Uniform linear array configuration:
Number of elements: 4
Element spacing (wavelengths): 1
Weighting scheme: kaiser
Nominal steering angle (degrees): -30
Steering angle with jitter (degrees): -30.032
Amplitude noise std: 0.05
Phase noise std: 0.05

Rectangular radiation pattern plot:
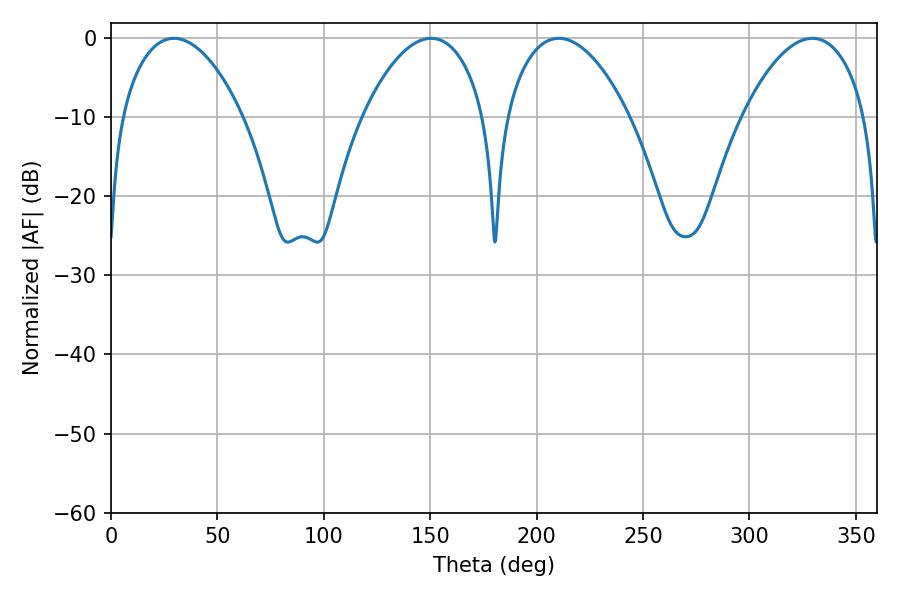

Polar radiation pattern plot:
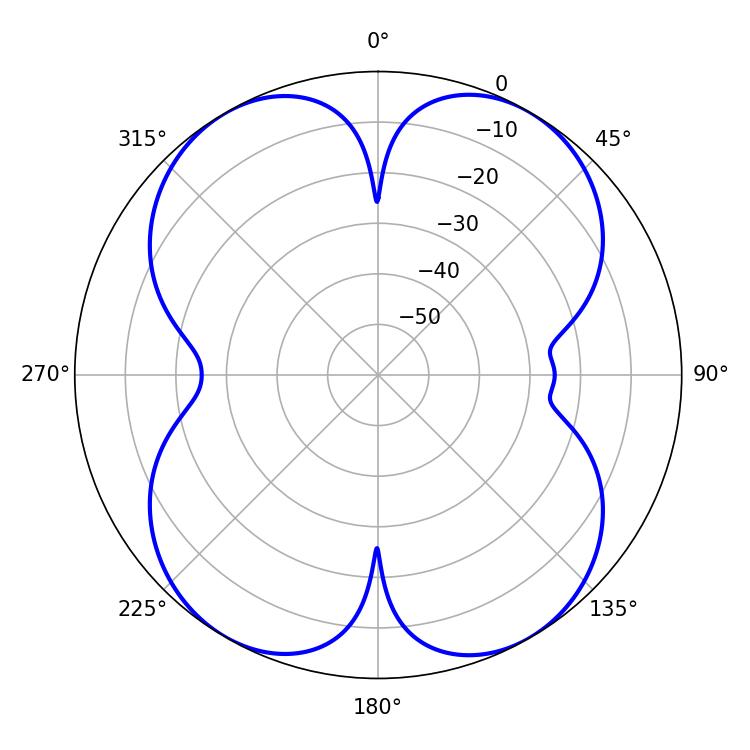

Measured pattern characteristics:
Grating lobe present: TRUE
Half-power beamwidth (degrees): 32.4
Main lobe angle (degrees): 210.42